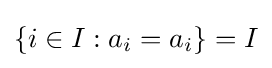
\{i\in I:a_{i}=a_{i}\}=I